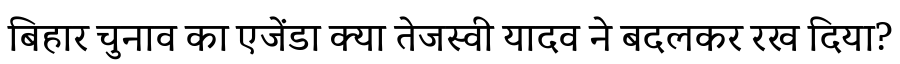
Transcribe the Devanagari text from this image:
बिहार चुनाव का एजेंडा क्या तेजस्वी यादव ने बदलकर रख दिया?